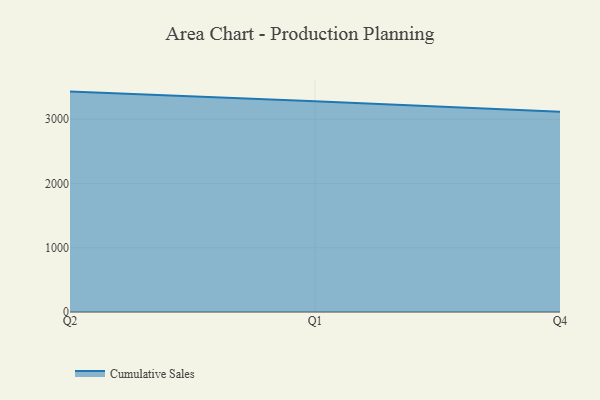
{"axis": {"x": "Quarter", "y": "Active Users"}, "legend": ["Cumulative Sales"], "data": [{"x": "Q2", "y": 3429.8, "type": "Cumulative Sales"}, {"x": "Q1", "y": 3279.7, "type": "Cumulative Sales"}, {"x": "Q4", "y": 3116.7, "type": "Cumulative Sales"}]}